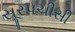
સૂરપચીસી